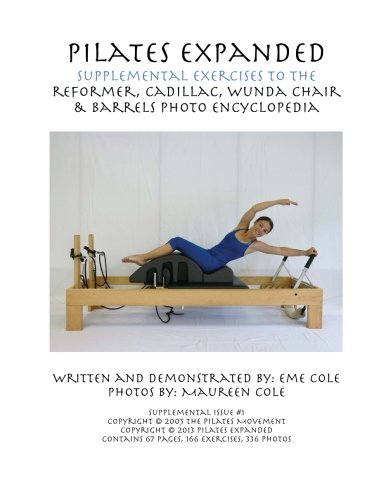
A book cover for Pilates Expanded Supplemental Exercises To The Reformer, Cadillac, Wunda Chair & Barrels Photo Encyclopedia (Volume 1); Eme Cole; Health, Fitness & Dieting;